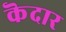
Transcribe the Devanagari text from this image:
कॆदार